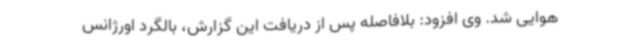
هوایی شد. وی افزود: بلافاصله پس از دریافت این گزارش، بالگرد اورژانس